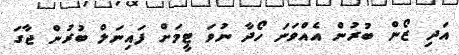
އަދި ޒޯން ބުރުން އެއްވަނަ ހޯދާ ނުވަ ޓީމަށް ފައިނަލް ބުރުން ޖާގަ